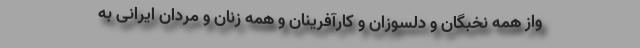
واز همه نخبگان و دلسوزان و کارآفرینان و همه زنان و مردان ایرانی به